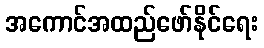
အကောင်အထည်ဖော်နိုင်ရေး